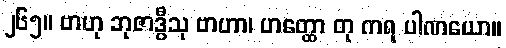
၂၆၅။ ဗာဟု ဘုဇာဒွီသု ဗာဟာ၊ ဟတ္ထော တု ကရ ပါဏယော။